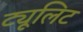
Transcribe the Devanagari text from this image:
ट्यूलिट